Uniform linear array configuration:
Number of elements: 12
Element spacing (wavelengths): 0.75
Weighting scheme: hamming
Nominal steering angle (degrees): -60
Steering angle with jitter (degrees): -59.108
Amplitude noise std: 0.05
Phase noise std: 0.05

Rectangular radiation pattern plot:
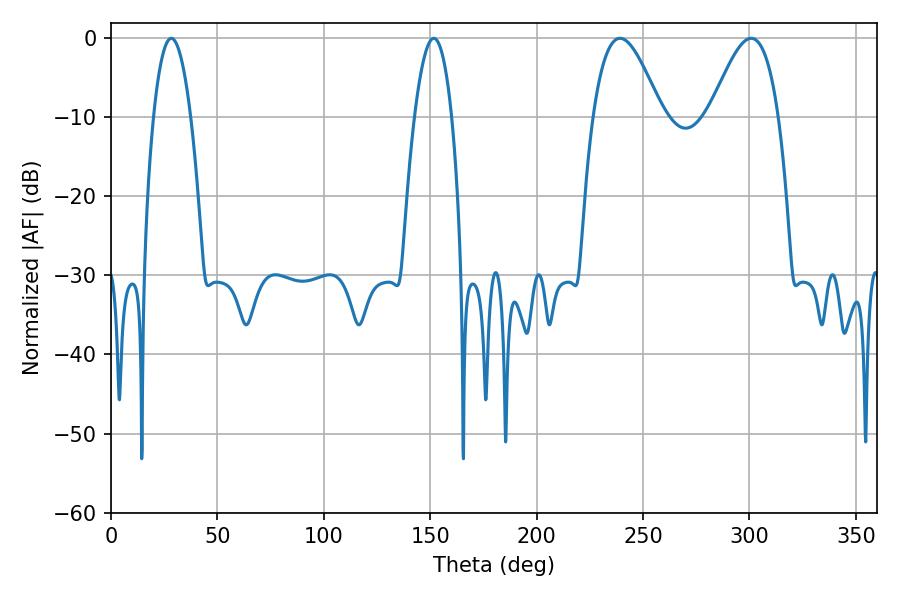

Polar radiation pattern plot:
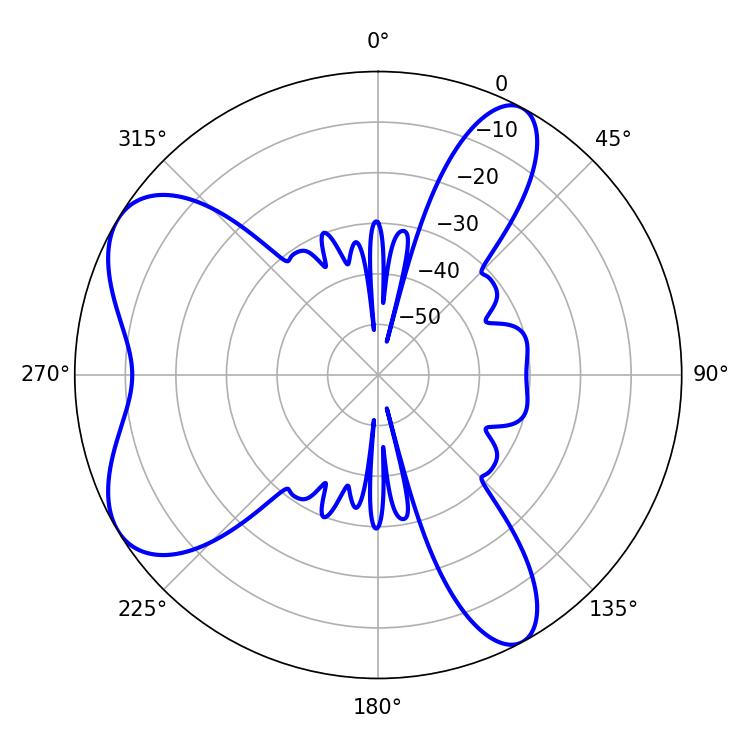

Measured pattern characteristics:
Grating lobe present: TRUE
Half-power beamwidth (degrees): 17.28
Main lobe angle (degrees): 300.78